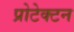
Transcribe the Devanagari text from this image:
प्रोटेक्टन